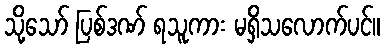
သို့သော် ပြစ်ဒဏ် ရသူကား မရှိသလောက်ပင်။